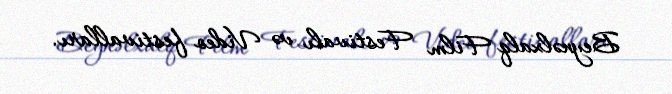
Beynəlxalq Film Festivalı və Video festivalları.